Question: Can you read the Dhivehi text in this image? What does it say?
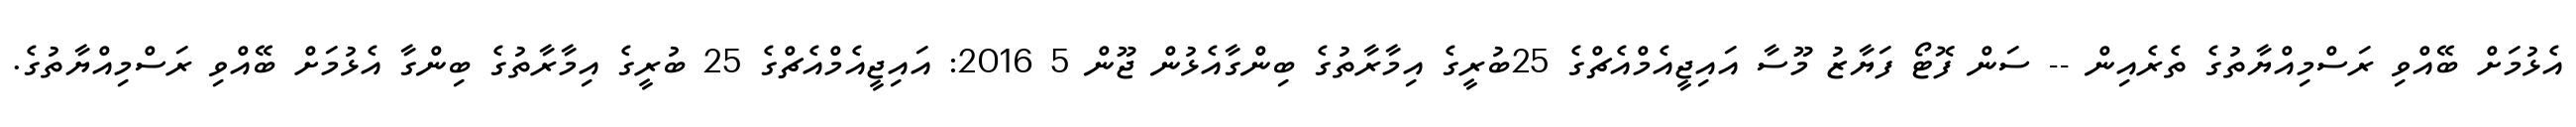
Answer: އެޅުމަށް ބޭއްވި ރަސްމިއްޔާތުގެ ތެރެއިން -- ސަން ފޮޓޯ ފަޔާޒު މޫސާ އައިޖީއެމްއެޗްގެ 25ބުރީގެ އިމާރާތުގެ ބިންގާއެޅުން ޖޫން 5 2016: އައިޖީއެމްއެޗްގެ 25 ބުރީގެ އިމާރާތުގެ ބިންގާ އެޅުމަށް ބޭއްވި ރަސްމިއްޔާތުގެ.